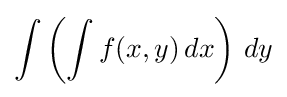
\int \left(\int f(x,y)\,dx\right)\,dy